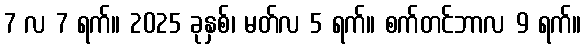
7 လ 7 ရက်။ 2025 ခုနှစ်၊ မတ်လ 5 ရက်။ စက်တင်ဘာလ 9 ရက်။